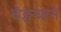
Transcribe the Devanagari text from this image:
चेहऱ्याने